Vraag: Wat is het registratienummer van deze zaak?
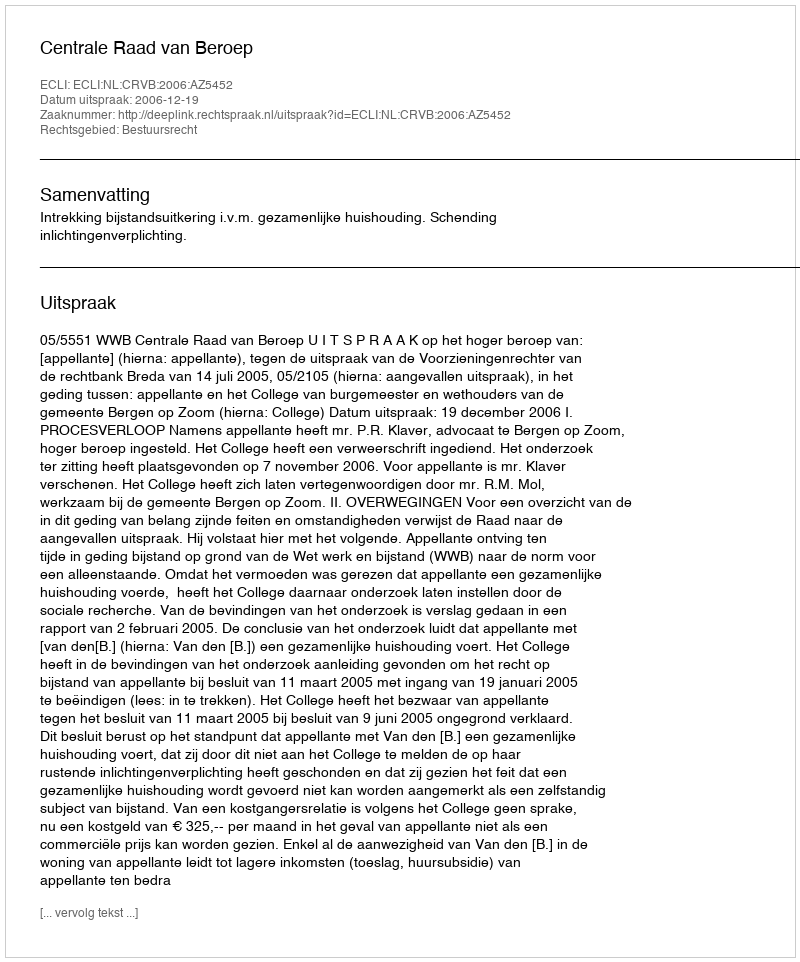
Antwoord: http://deeplink.rechtspraak.nl/uitspraak?id=ECLI:NL:CRVB:2006:AZ5452